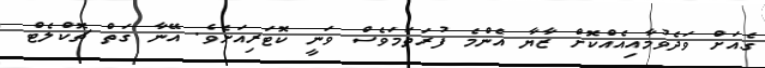
ގެއަށް ވަދެވުމާއިއެއްކޮށް ޒާޔާ އެންމެ ފުރަތަމަވެސް ވަނީ ކޮޓަރިއަށެވެ. އޭނާ ގަތް ޗޮކްލެޓް